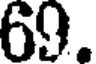
69.